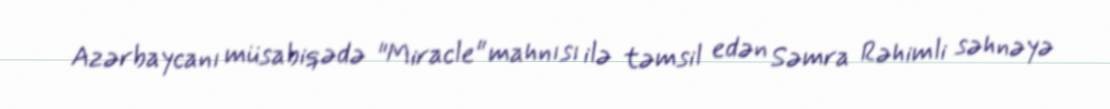
Azərbaycanı müsabiqədə "Miracle" mahnısı ilə təmsil edən Səmra Rəhimli səhnəyə